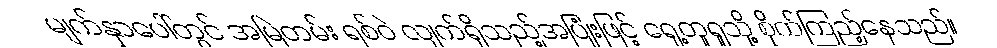
မျက်နှာပေါ်တွင် အမြဲတမ်း ရစ်ဝဲ လျက်ရှိသည့်အပြုံးဖြင့် ရှေ့တူရူသို့ စိုက်ကြည့်နေသည်။